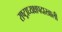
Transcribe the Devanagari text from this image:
राष्ट्राध्यक्षपदाखाली